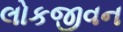
લોકજીવન